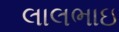
લાલભાઇ